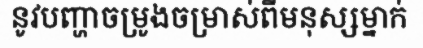
នូវបញ្ហាចម្រូងចម្រាស់ពីមនុស្សម្នាក់